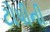
ટોપીની